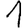
Digit: 1